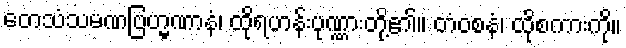
တေသံသမဏဗြဟ္မဏာနံ၊ ထိုရဟန်းပုဏ္ဏားတို့၏။ တံဝစနံ၊ ထိုစကားကို။